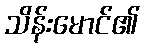
သိန်းမောင်၏